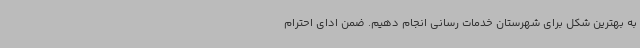
به بهترین شکل برای شهرستان خدمات رسانی انجام دهیم. ضمن ادای احترام